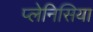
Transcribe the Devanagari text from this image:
प्लेनिसिया